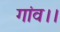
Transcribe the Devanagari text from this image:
गांव।।